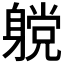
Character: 𲄪